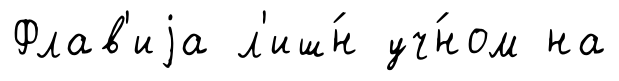
Флав'иjа л'иш́н уч́ном на